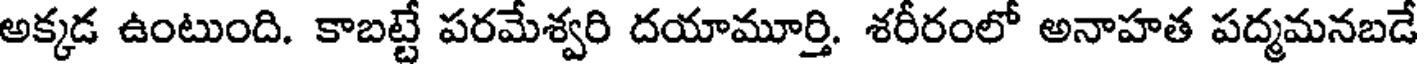
అక్కడ ఉంటుంది. కాబట్టే పరమేశ్వరి దయామూర్తి. శరీరంలో అనాహత పద్మమనబడే